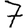
Digit: 7